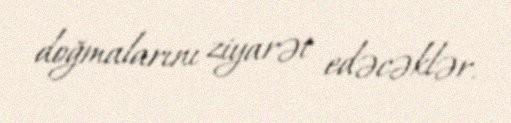
doğmalarını ziyarət edəcəklər.